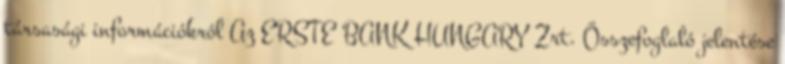
társasági információkról Az ERSTE BANK HUNGARY Zrt. Összefoglaló jelentése